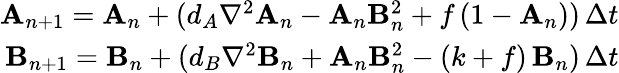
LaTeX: \begin{array}{r}{\mathbf{A}_{n+1}=\mathbf{A}_{n}+(d_{A}\nabla^{2}\mathbf{A}_{n}-\mathbf{A}_{n}\mathbf{B}_{n}^{2}+f\, (1-\mathbf{A}_{n}))\, \Delta t}\\ {\mathbf{B}_{n+1}=\mathbf{B}_{n}+(d_{B}\nabla^{2}\mathbf{B}_{n}+\mathbf{A}_{n}\mathbf{B}_{n}^{2}-(k+f)\, \mathbf{B}_{n})\, \Delta t}\end{array}